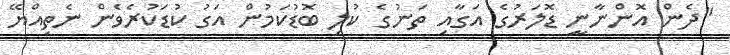
"ދެން އޮންނާނީ ޑޮލަރުގެ އަގާއި ތަނުގެ ކުލި ބޮޑުކަމުން އަގު ކުޑަކުރެވެން ނެތިއްޔޭ